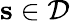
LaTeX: \mathbf{s}\in{\mathcal{D}}